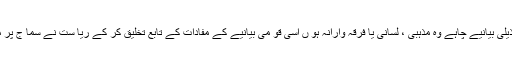
اور با قی تمام ذیلی بیانیے چاہے وہ مذہبی ، لسانی یا فرقہ وارانہ ہو ں اِسی قو می بیانیے کے مفادات کے تابع تخلیق کر کے ریا ست نے سما ج پر مسلط کئے ہیں۔